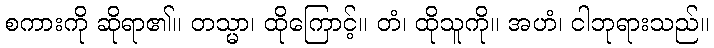
စကားကို ဆိုရာ၏။ တသ္မာ၊ ထိုကြောင့်။ တံ၊ ထိုသူကို။ အဟံ၊ ငါဘုရားသည်။